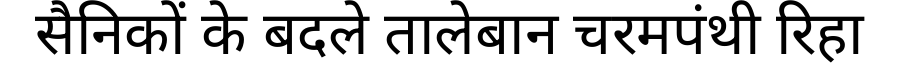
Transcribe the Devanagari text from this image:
सैनिकों के बदले तालेबान चरमपंथी रिहा